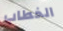
الخطاب